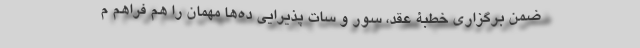
ضمن برگزاری خطبۀ عقد، سور و سات پذیرایی ده‌ها مهمان را هم فراهم م